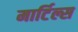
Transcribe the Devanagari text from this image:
मार्टिल्स